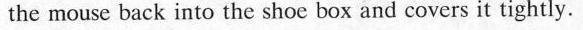
the mouse back into the shoe box and covers it tightly.